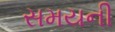
સમયની